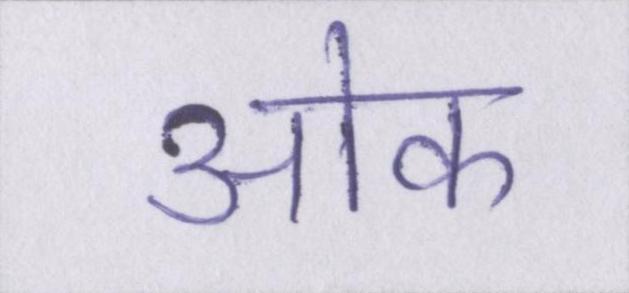
ओक